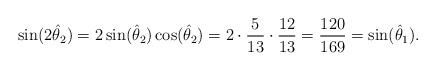
LaTeX: \begin{align*}\sin (2\hat \theta_2) = 2 \sin(\hat\theta_2) \cos(\hat \theta_2) = 2 \cdot \frac{5}{13} \cdot \frac{12}{13} = \frac{120}{169} = \sin(\hat \theta_1).\end{align*}